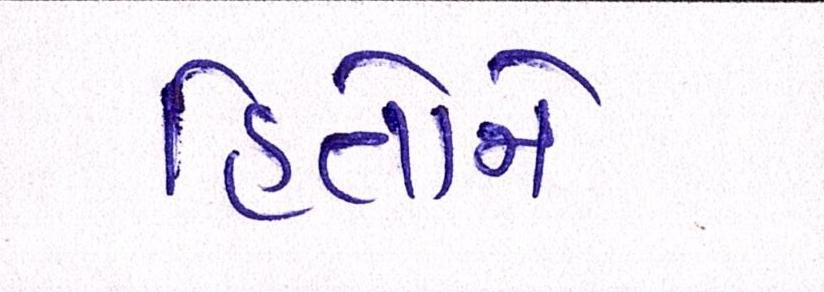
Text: હિતોને